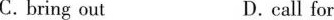
C.bring out D.call for